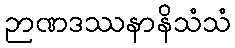
ဉာဏဒဿနာနိသံသံ